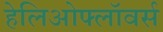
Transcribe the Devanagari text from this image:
हेलिओफ्लॉवर्स